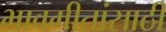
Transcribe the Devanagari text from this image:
भावगीतांसाठी